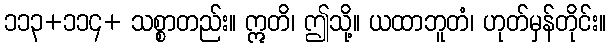
၁၁၃+၁၁၄+ သစ္စာတည်း။ ဣတိ၊ ဤသို့။ ယထာဘူတံ၊ ဟုတ်မှန်တိုင်း။